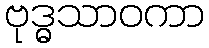
ဗုဒ္ဓသာဝကာ